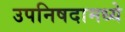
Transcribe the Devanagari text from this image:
उपनिषदामध्ये